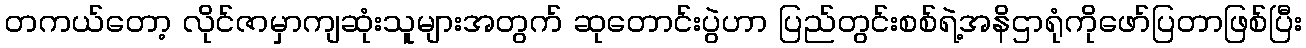
တကယ်တော့ လိုင်ဇာမှာကျဆုံးသူများအတွက် ဆုတောင်းပွဲဟာ ပြည်တွင်းစစ်ရဲ့အနိဌာရုံကိုဖော်ပြတာဖြစ်ပြီး